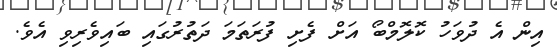
އިން އެ ދުވަހު ކޮލޮމްބޯ އަށް ފެށި ފުރަތަމަ ދަތުރުގައި ބައިވެރިވި އެވެ.